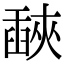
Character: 𦦕